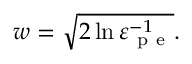
w = \sqrt { 2 \ln \varepsilon _ { \mathrm { ~ p ~ e ~ } } ^ { - 1 } } .